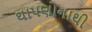
થાપણોનાથી